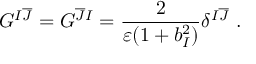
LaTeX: G ^ { I \overline { { { J } } } } = G ^ { \overline { { { J } } } I } = \frac { 2 } { \varepsilon ( 1 + b _ { I } ^ { 2 } ) } \delta ^ { I \overline { { { J } } } } ~ .